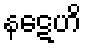
နဋေဟိ